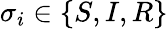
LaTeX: \sigma_{i}\in\{ S,I,R\}